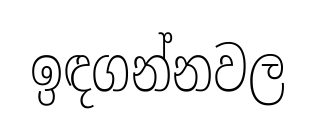
ඉඳගන්නවල